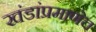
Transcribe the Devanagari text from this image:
खंडांप्रमाणेच